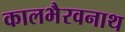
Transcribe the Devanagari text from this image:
कालभैरवनाथ